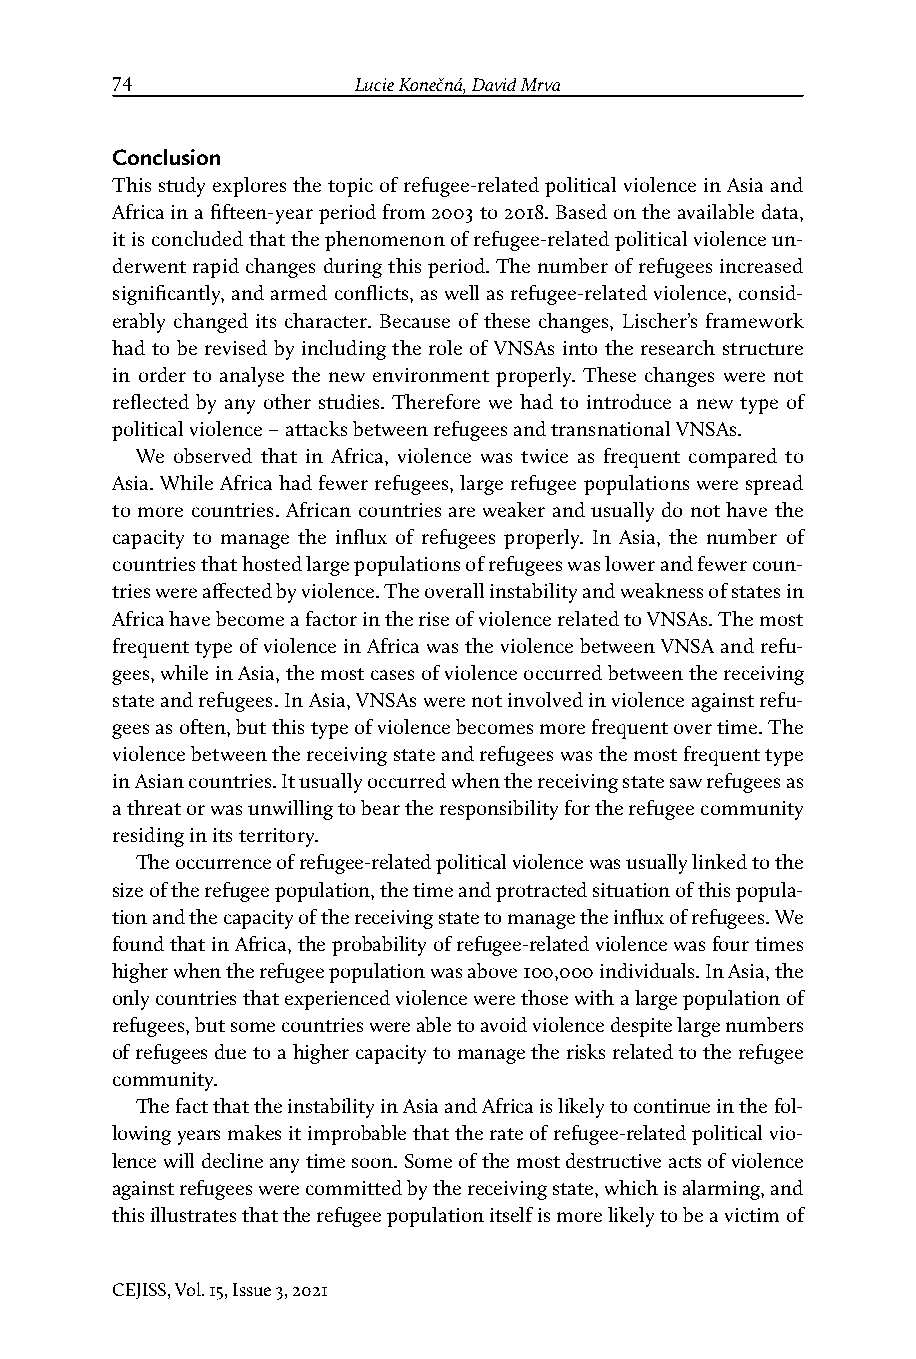
74              Lucie Konečná, David Mrva                              Refugee-Related Political Violence in Asia and Africa
 Conclusion
 This study explores the topic of refugee-related political violence in Asia and
 Africa in a fifteen-year period from 2003 to 2018. Based on the available data,
 it is concluded that the phenomenon of refugee-related political violence un-
 derwent rapid changes during this period. The number of refugees increased
 significantly, and armed conflicts, as well as refugee-related violence, consid-
 erably changed its character. Because of these changes, Lischer’s framework
 had to be revised by including the role of VNSAs into the research structure
 in order to analyse the new environment properly. These changes were not
 reflected by any other studies. Therefore we had to introduce a new type of
 political violence – attacks between refugees and transnational VNSAs.
 We observed that in Africa, violence was twice as frequent compared to
 Asia. While Africa had fewer refugees, large refugee populations were spread
 to more countries. African countries are weaker and usually do not have the
 capacity to manage the influx of refugees properly. In Asia, the number of
 countries that hosted large populations of refugees was lower and fewer coun-
 tries were affected by violence. The overall instability and weakness of states in
 Africa have become a factor in the rise of violence related to VNSAs. The most
 frequent type of violence in Africa was the violence between VNSA and refu-
 gees, while in Asia, the most cases of violence occurred between the receiving
 state and refugees. In Asia, VNSAs were not involved in violence against refu-
 gees as often, but this type of violence becomes more frequent over time. The
 violence between the receiving state and refugees was the most frequent type
 in Asian countries. It usually occurred when the receiving state saw refugees as
 a threat or was unwilling to bear the responsibility for the refugee community
 residing in its territory.
 The occurrence of refugee-related political violence was usually linked to the
 size of the refugee population, the time and protracted situation of this popula-
 tion and the capacity of the receiving state to manage the influx of refugees. We
 found that in Africa, the probability of refugee-related violence was four times
 higher when the refugee population was above 100,000 individuals. In Asia, the
 only countries that experienced violence were those with a large population of
 refugees, but some countries were able to avoid violence despite large numbers
 of refugees due to a higher capacity to manage the risks related to the refugee
 community.
 The fact that the instability in Asia and Africa is likely to continue in the fol-
 lowing years makes it improbable that the rate of refugee-related political vio-
 lence will decline any time soon. Some of the most destructive acts of violence
 against refugees were committed by the receiving state, which is alarming, and
 this illustrates that the refugee population itself is more likely to be a victim of
 CEJISS, Vol. 15, Issue 3, 2021